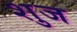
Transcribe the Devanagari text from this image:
शुज